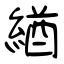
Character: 緧